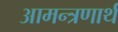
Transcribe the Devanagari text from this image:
आमन्त्रणार्थ